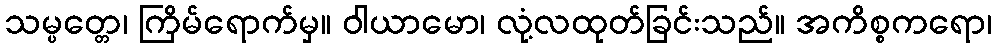
သမ္ပတ္တေ၊ ကြိမ်ရောက်မှ။ ဝါယာမော၊ လုံ့လထုတ်ခြင်းသည်။ အကိစ္စကရော၊